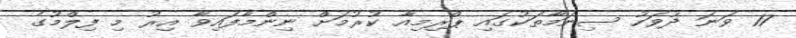
17 ވަނަ ދުވަހު ސިނަމާތަކުގައި ޕްރިމިއާ ކުރުމަށް ނިންމާފައިވާ އިރު މި ފިލްމުގެ